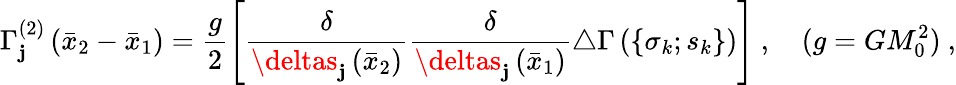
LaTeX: \Gamma_{\mathbf{j}}^{(2)}\left({\bar{{x}}}_{2}-{\bar{{x}}}_{1}\right)=\frac{{g}}{{2}}\left[\frac{{\delta}}{{\deltas_{\mathbf{j}}\left({\bar{{x}}}_{2}\right)}}\frac{{\delta}}{{\deltas_{\mathbf{j}}\left({\bar{{x}}}_{1}\right)}}\triangle\Gamma\left(\lbrace\sigma_{k};s_{k}\rbrace\right)\right]\ ,\quad(g=GM_{0}^{2})\ ,